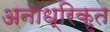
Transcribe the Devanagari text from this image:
अनाध्रिकृत